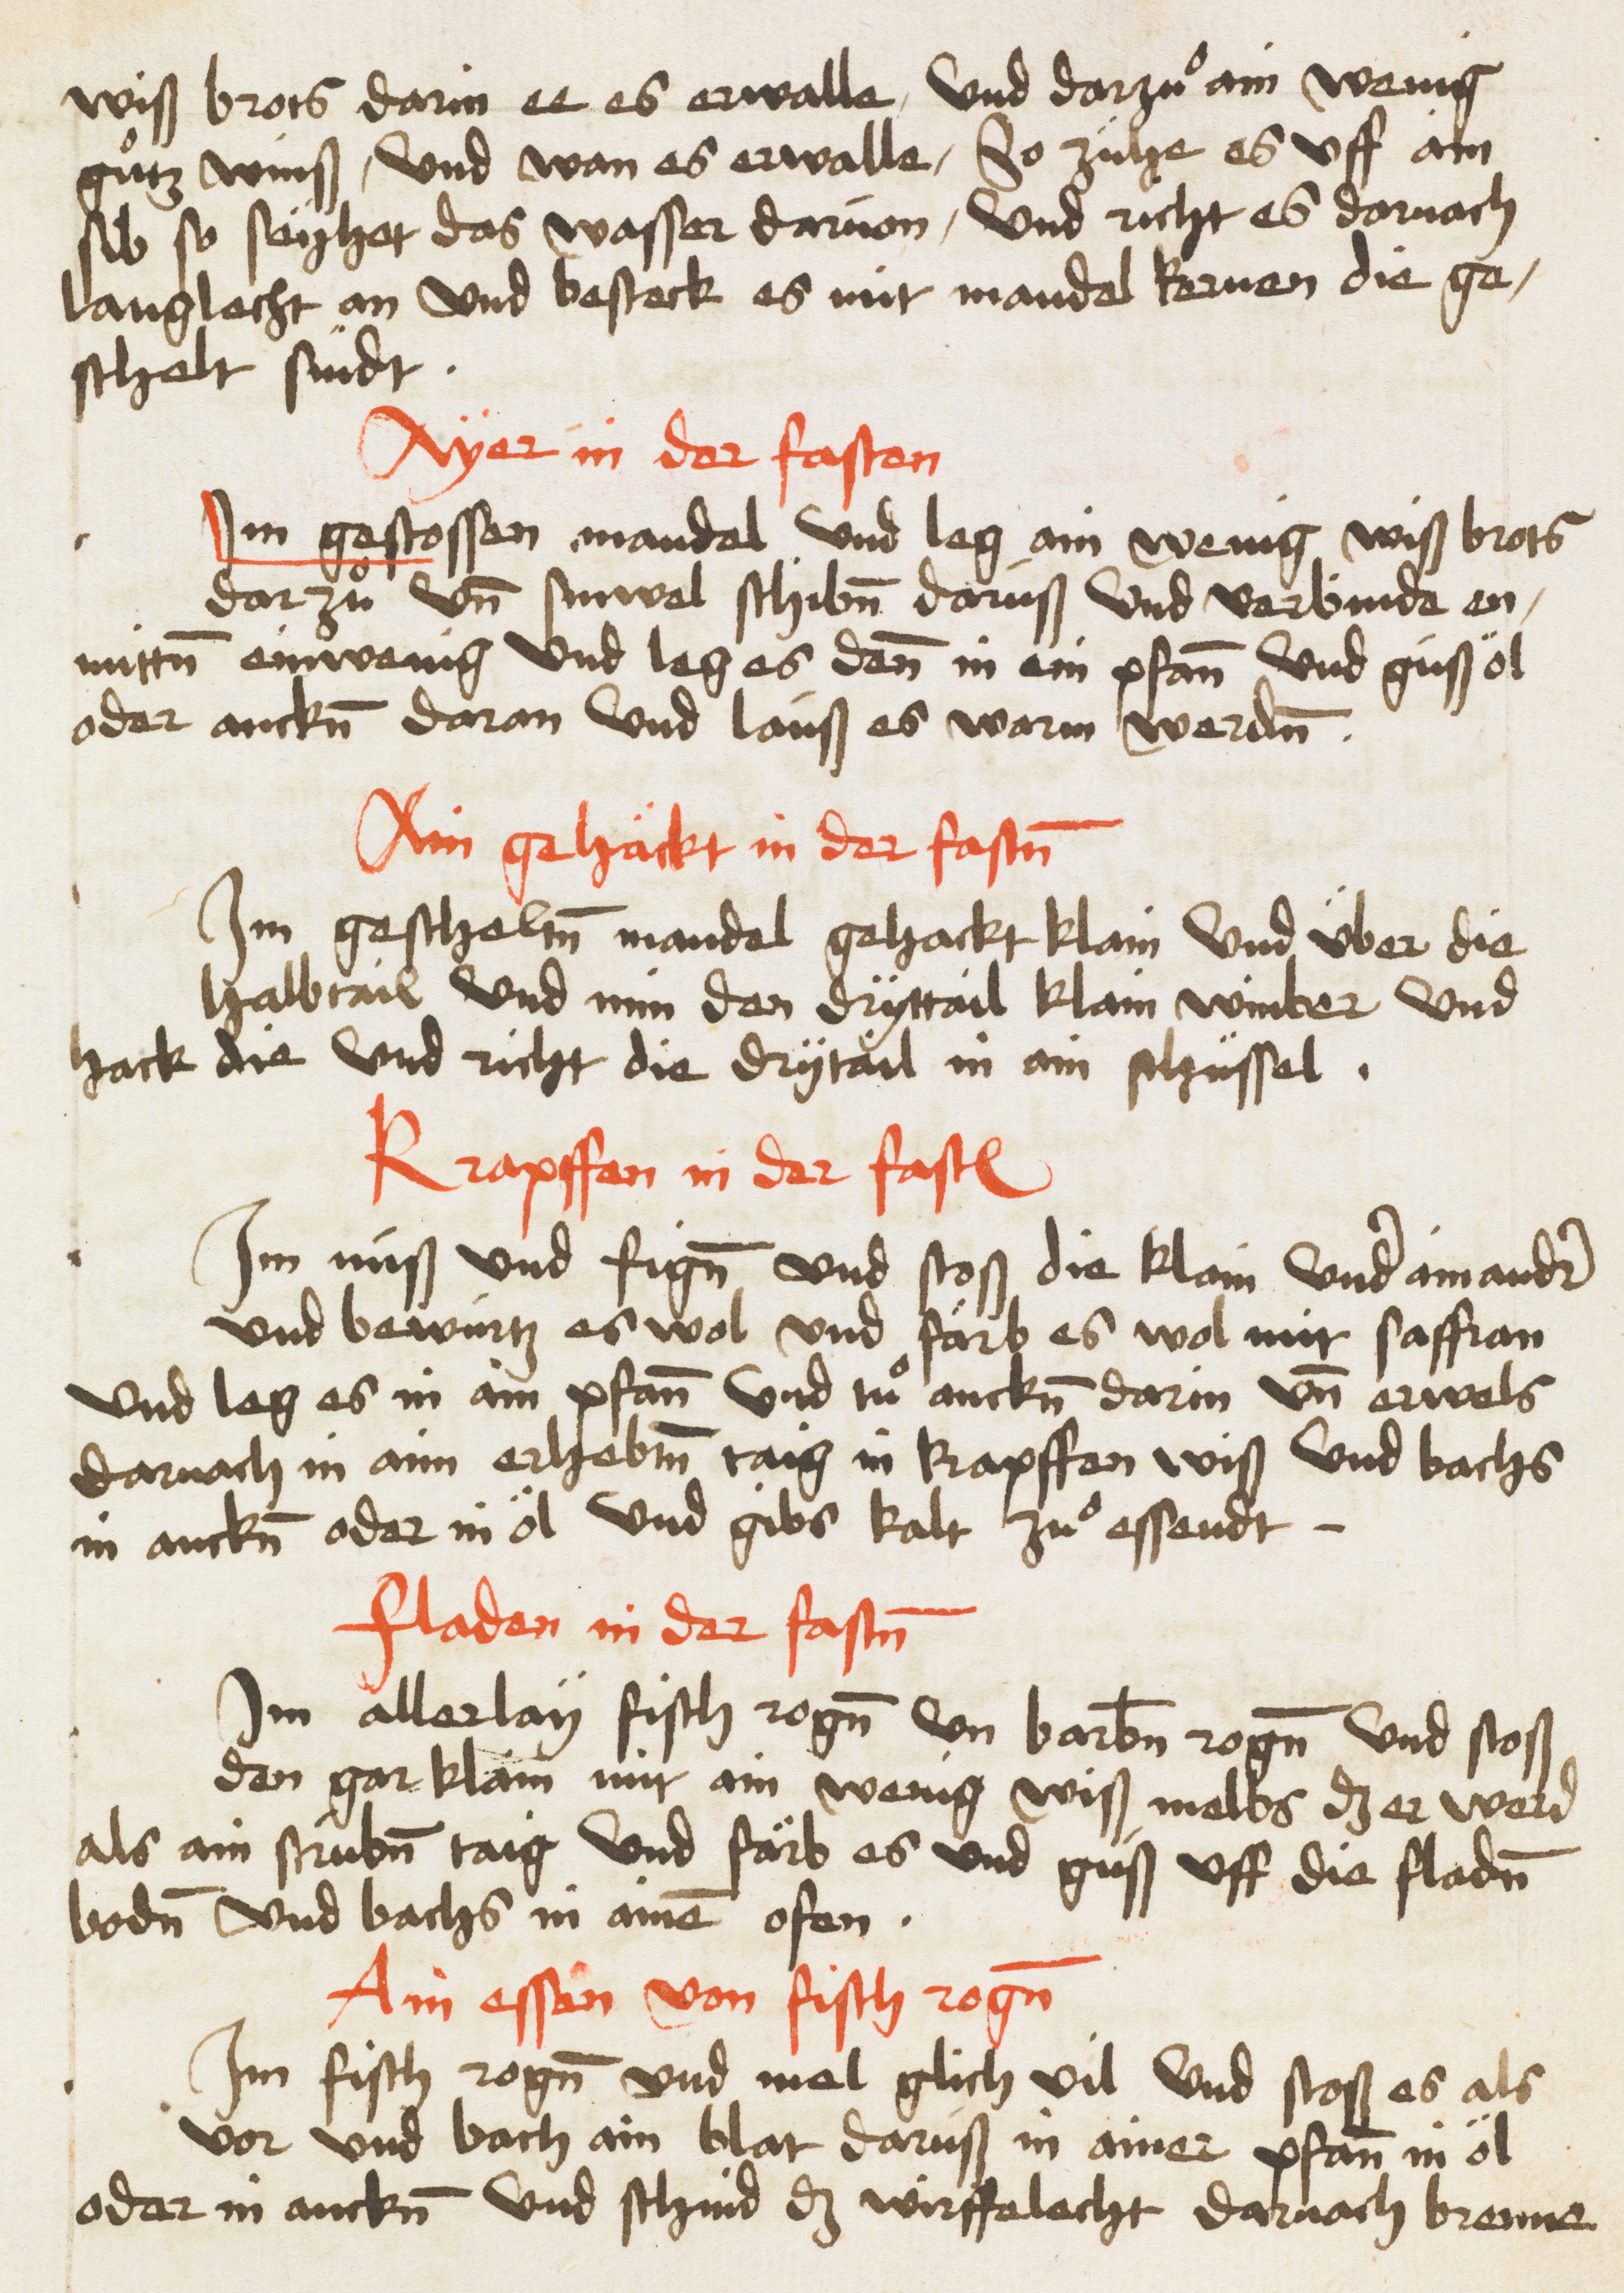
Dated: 1485–1515